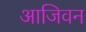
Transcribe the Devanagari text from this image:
आजिवन